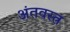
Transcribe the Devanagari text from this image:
अंतवस्त्र